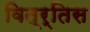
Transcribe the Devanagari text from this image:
वित्र्तिस